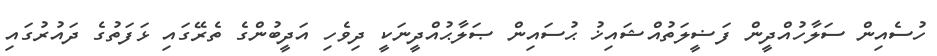
ހުސެއިން ސަލާހުއްދީން ފަޟީލަތުއްޝައިޚު ޙުސައިން ޞަލާޙުއްދީނަކީ ދިވެހި އަދީބުންގެ ތެރޭގައި ޅަފަތުގެ ދައުރުގައި